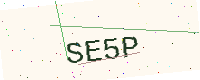
Text: SE5P